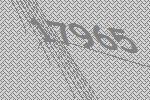
17965